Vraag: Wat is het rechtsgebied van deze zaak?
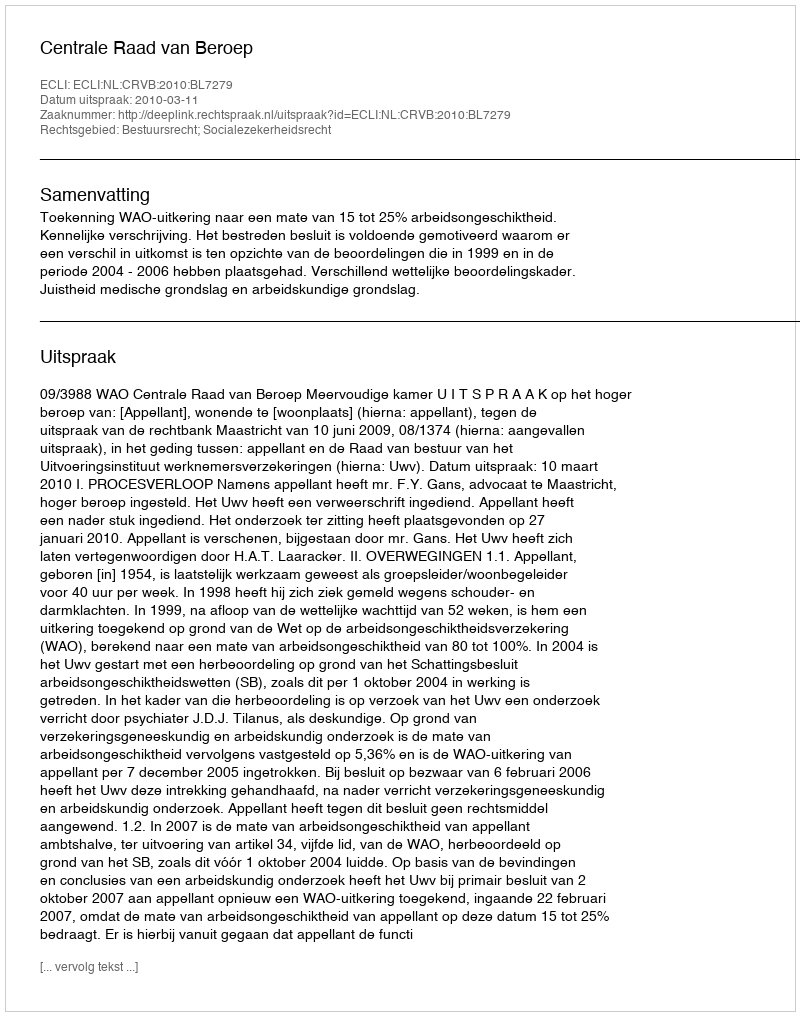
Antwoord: Bestuursrecht; Socialezekerheidsrecht